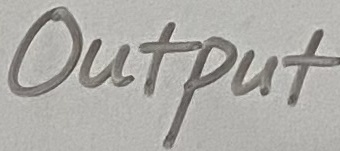
Text: Output